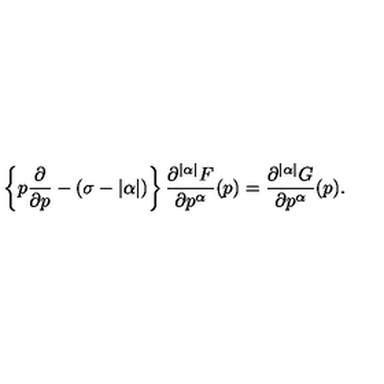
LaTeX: \left\{ p \frac { \partial } { \partial p } - ( \sigma - | \alpha | ) \right\} \frac { \partial ^ { | \alpha | } F } { \partial p ^ { \alpha } } ( p ) = \frac { \partial ^ { | \alpha | } G } { \partial p ^ { \alpha } } ( p ) .